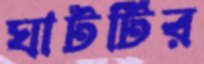
ঘাটটির